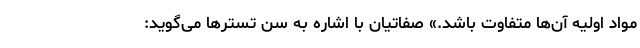
مواد اولیه آن‌ها متفاوت باشد.» صفاتیان با اشاره به سن تسترها می‌گوید: